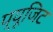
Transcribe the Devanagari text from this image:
प्यूजिट